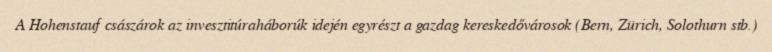
A Hohenstauf császárok az invesztitúraháborúk idején egyrészt a gazdag kereskedővárosok (Bern, Zürich, Solothurn stb.)